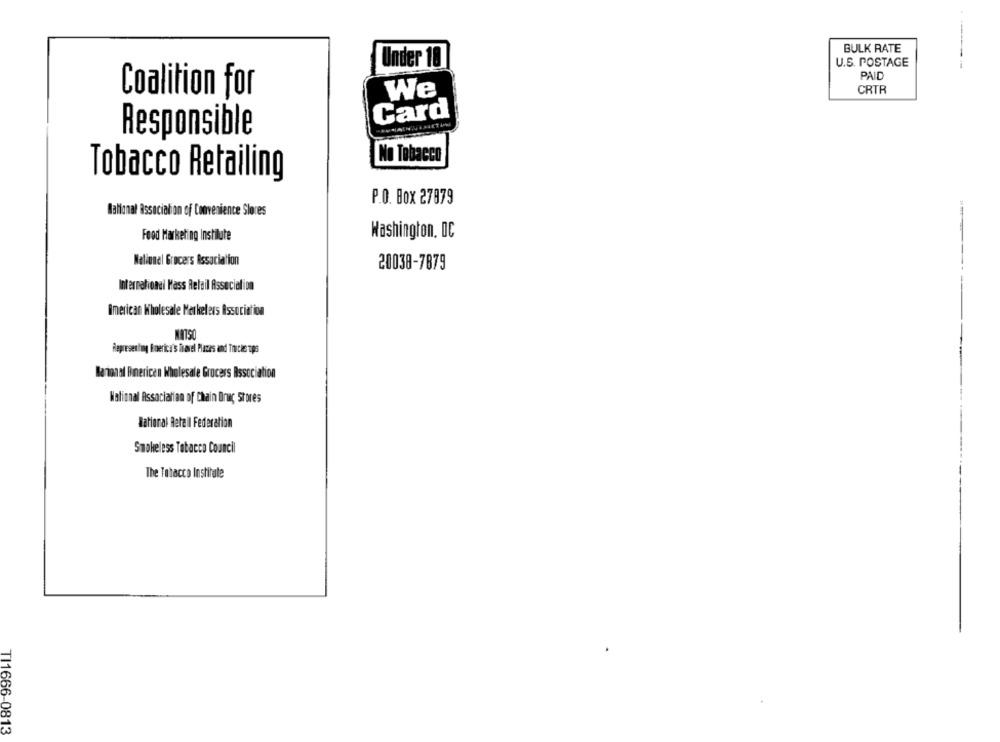
BULK RATE
Under 10
U.S. POSTAGE
PAID
CRTR
Coalition for
We
Card
Responsible
No Tobacco
Tobacco Retailing
P.O. Box 27879
National Association of Convenience Stores
Food Marketing Institute
Washington, DC
Nalionel Grocers Association
20038-7879
International Mass Relail Association
American Wholesale Marketers Association
Representing Boerico's ivavel Places and Truche ops
Marion af Bmericen Wholesale Grocers Association
National Association of Chain Drug stores
National Retail Federation
Smokeless Tobacco Council
The Tobacco Institute
TI1666-0813